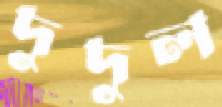
দুদুল